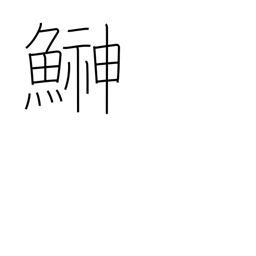
Meaning: sandfish